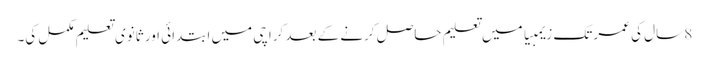
8 سال کی عمر تک زیمبیا میں تعلیم حاصل کرنے کے بعد کراچی میں ابتدائی اور ثانوی تعلیم مکمل کی۔